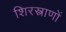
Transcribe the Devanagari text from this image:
शिरस्त्राणों